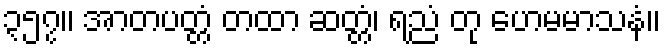
၃၅၇။ အာတပတ္တံ တထာ ဆတ္တံ၊ ရညံ တု ဟေမမာသနံ။